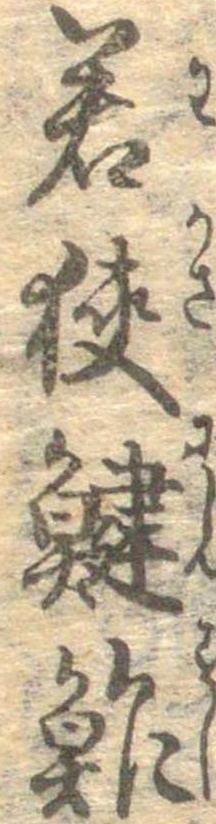
若狭鮓